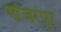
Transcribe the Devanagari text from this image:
खंजरपुर